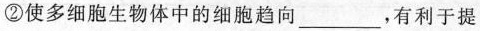
②使多细胞生物体中的细胞趋向_有利于提